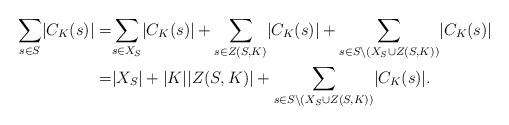
LaTeX: \begin{align*}\underset{s\in S}{\sum}|C_K(s)|=&\underset{s\in X_S}{\sum}|C_K(s)|+\underset{s\in Z(S,K)}{\sum}|C_K(s)|+\underset{s\in S\setminus (X_S\cup Z(S,K))}{\sum}|C_K(s)|\\=& |X_S| + |K| |Z(S, K)| + \underset{s\in S\setminus (X_S\cup Z(S,K))}{\sum}|C_K(s)|.\end{align*}